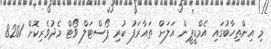
މި އިންތިހާބުގައި އެމްޑީޕީން އަލަށް ތައާރަފު ކުރި ޕޯސްޓަލް ވޯޓް މެދުވެރިކޮށް 8201